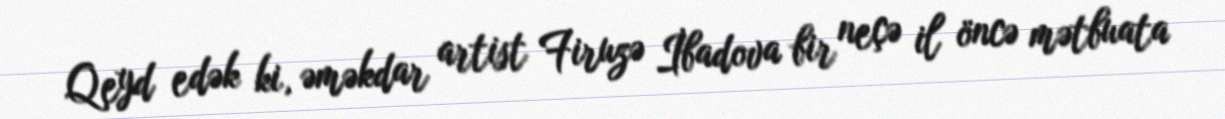
Qeyd edək ki, əməkdar artist Firuzə İbadova bir neçə il öncə mətbuata